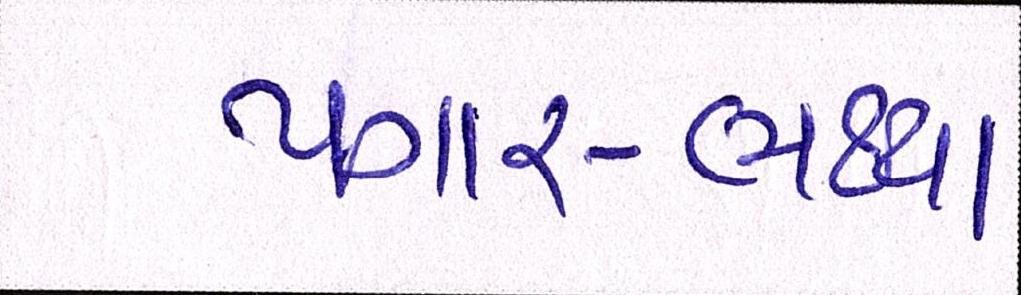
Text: પગાર-ભથ્થા